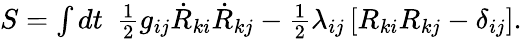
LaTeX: \begin{array}{r}{S=\int dt~~\frac 12g_{ij}\dot{R}_{ki}\dot{R}_{kj}-\frac 12\lambda_{ij}\left[R_{ki}R_{kj}-\delta_{ij}\right].}\end{array}